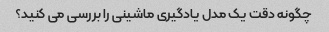
چگونه دقت یک مدل یادگیری ماشینی را بررسی می کنید؟